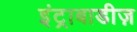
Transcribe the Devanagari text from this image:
इंट्राबाडीज़